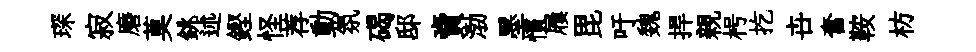
琛寂磨莫銚述鏗怪荐動氛碣邸𧶠渤墨慣屨毘吁魏捍親枵扢卋奮鞍枋